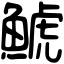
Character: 鯱